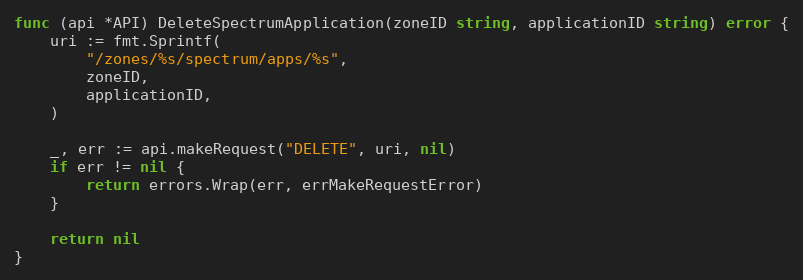
Language: Go
func (api *API) DeleteSpectrumApplication(zoneID string, applicationID string) error {
	uri := fmt.Sprintf(
		"/zones/%s/spectrum/apps/%s",
		zoneID,
		applicationID,
	)

	_, err := api.makeRequest("DELETE", uri, nil)
	if err != nil {
		return errors.Wrap(err, errMakeRequestError)
	}

	return nil
}